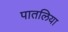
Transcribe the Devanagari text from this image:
पातलिया